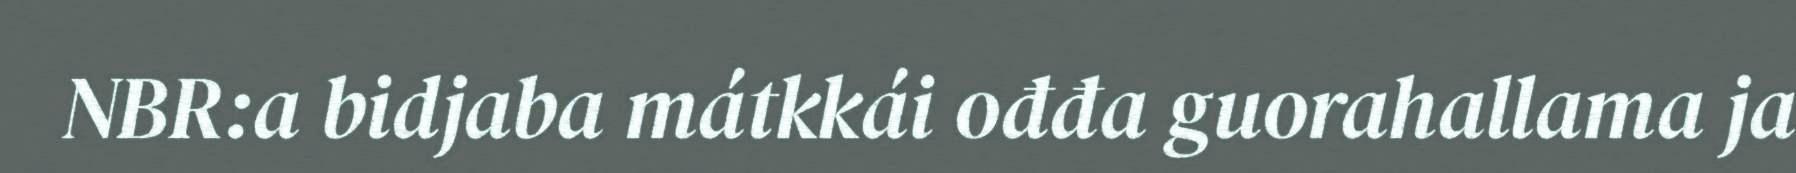
NBR:a bidjaba mátkkái ođđa guorahallama ja